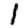
Digit: 1